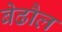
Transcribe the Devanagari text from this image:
बेढौल